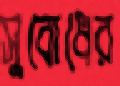
সুবোধের